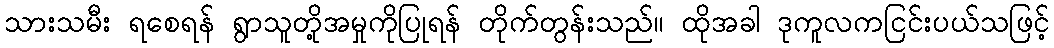
သားသမီး ရစေရန် ရွာသူတို့အမှုကိုပြုရန် တိုက်တွန်းသည်။ ထိုအခါ ဒုကူလကငြင်းပယ်သဖြင့်